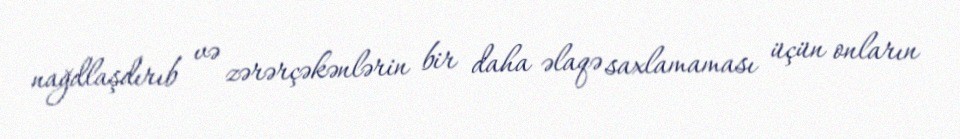
nağdlaşdırıb və zərərçəkənlərin bir daha əlaqə saxlamaması üçün onların